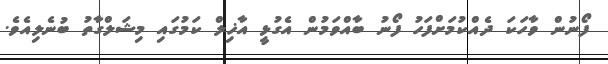
ފޯނުން ވާހަކަ ދެއްކުމަށްފަހު ފޯނު ބާއްވަމުން އެގުޅީ އާޚިލް ކަމުގައި މިޝަލްގާތު ބުނެލިއެވެ.